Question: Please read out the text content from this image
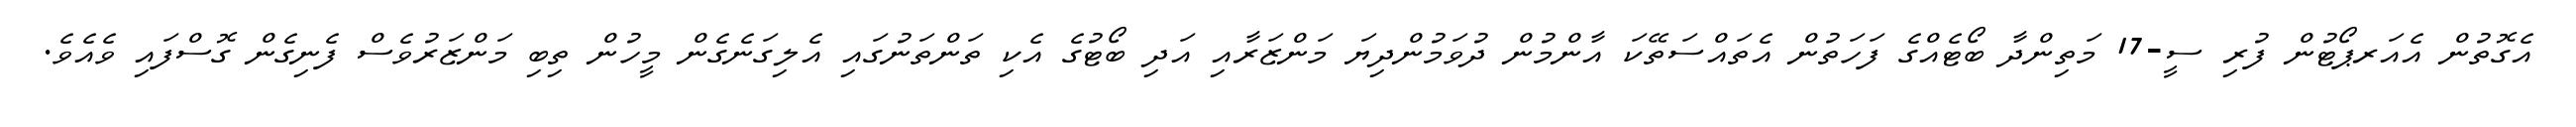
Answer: އެގޮތުން އެއަރޕޯޓުން ފުރި ސީ-17 މަތިންދާ ބޯޓެއްގެ ފަހަތުން އެތައްސަތޭކަ އާންމުން ދުވަމުންދިޔަ މަންޒަރާއި އަދި ބޯޓުގެ އެކި ތަންތަނުގައި އެލިގަނެގެން މީހުން ތިބި މަންޒަރުވެސް ފެނިގެން ގޮސްފައި ވެއެވެ.